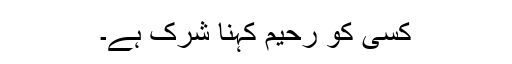
کسی کو رحیم کہنا شرک ہے۔